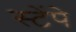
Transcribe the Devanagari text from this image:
स्टेंपे